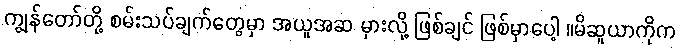
ကျွန်တော်တို့ စမ်းသပ်ချက်တွေမှာ အယူအဆ မှားလို့ ဖြစ်ချင် ဖြစ်မှာပေါ့ ။မိဆူယာကိုက